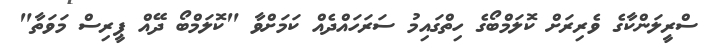
ސްރީލަންކާގެ ވެރިރަށް ކޮލަމްބޯގެ ހިތްގައިމު ސަރަހައްދެއް ކަމަށްވާ "ކޮލަމްބޯ ދޭއް ޕީރިސް މަވަތާ"